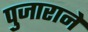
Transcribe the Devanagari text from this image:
पुजाराने